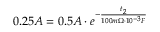
0 . 2 5 A = 0 . 5 A \cdot e ^ { - \frac { t _ { 2 } } { 1 0 0 m \Omega \cdot 1 0 ^ { - 3 } F } }